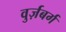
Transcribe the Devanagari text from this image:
वुर्ज़बर्ग